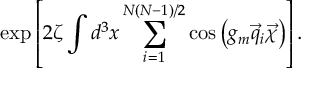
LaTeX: \exp \left[ 2 \zeta \int d ^ { 3 } x \sum _ { i = 1 } ^ { N ( N - 1 ) / 2 } \cos \left( g _ { m } \vec { q } _ { i } \vec { \chi } \right) \right] .